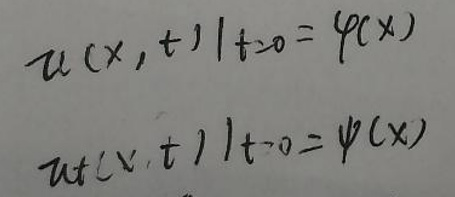
\[
u(x,t)\vert_{t \to 0}=\varphi(x)\\
u_t(x,t)\vert_{t \to 0}=\psi(x)
\]